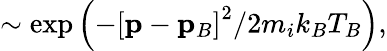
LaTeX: \sim\exp\left(-\left[\mathbf{p}-\mathbf{p}_{B}\right]^{2}/2m_{i}k_{B}T_{B}\right),